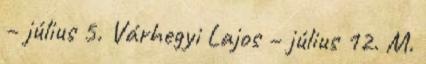
– július 5. Várhegyi Lajos – július 12. M.